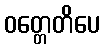
ဝတ္တေတိပေ